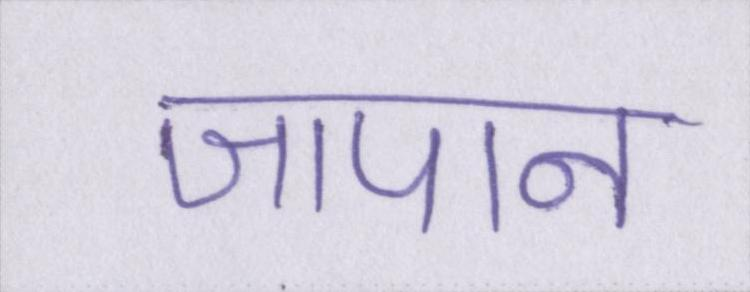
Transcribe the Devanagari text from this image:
जापान